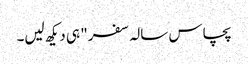
پچاس سالہ سفر" ہی دیکھ لیں۔